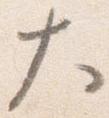
大